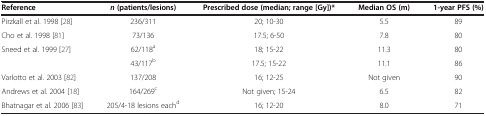
<table><thead><tr><td><b>Reference</b></td><td><b><i>n </i>(patients/lesions)</b></td><td><b>Prescribed dose (median; range [Gy])*</b></td><td><b>Median OS (m)</b></td><td><b>1-year PFS (%)</b></td></tr></thead><tbody><tr><td>Pirzkall et al. 1998 [28]</td><td>236/311</td><td>20; 10-30</td><td>5.5</td><td>89</td></tr><tr><td>Cho et al. 1998 [81]</td><td>73/136</td><td>17.5; 6-50</td><td>7.8</td><td>80</td></tr><tr><td rowspan="2">Sneed et al. 1999 [27]</td><td>62/118<sup>a</sup></td><td>18; 15-22</td><td>11.3</td><td>80</td></tr><tr><td>43/117<sup>b</sup></td><td>17.5; 15-22</td><td>11.1</td><td>86</td></tr><tr><td>Varlotto et al. 2003 [82]</td><td>137/208</td><td>16; 12-25</td><td>Not given</td><td>90</td></tr><tr><td>Andrews et al. 2004 [18]</td><td>164/269<sup>c</sup></td><td>Not given; 15-24</td><td>6.5</td><td>82</td></tr><tr><td>Bhatnagar et al. 2006 [83]</td><td>205/4-18 lesions each<sup>d</sup></td><td>16; 12-20</td><td>8.0</td><td>71</td></tr></tbody></table>